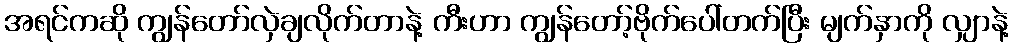
အရင်ကဆို ကျွန်တော်လှဲချလိုက်တာနဲ့ ကီးဟာ ကျွန်တော့်ဗိုက်ပေါ်တက်ပြီး မျက်နှာကို လျှာနဲ့